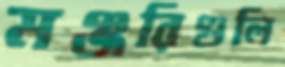
মঞ্জরিগুলি